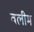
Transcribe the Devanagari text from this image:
वलीम